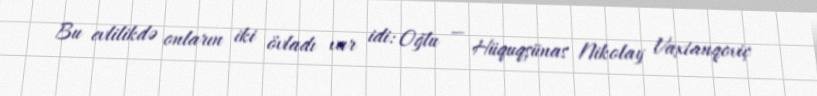
Bu evlilikdə onların iki övladı var idi: Oğlu — Hüquqşünas Nikolay Vaxtanqoviç